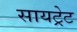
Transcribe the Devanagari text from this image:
सायट्रेट